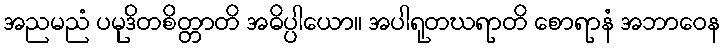
အညမညံ ပမုဒိတစိတ္တာတိ အဓိပ္ပါယော။ အပါရုတဃရာတိ စောရာနံ အဘာဝေန